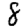
Digit: 8